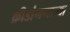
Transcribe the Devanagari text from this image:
क्रीडांगणाच्या